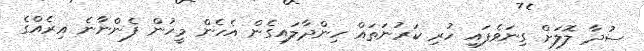
ސުދާ ލޮލަށް ގިނަވެފައި ހުރި ކަރުނަތައް ހިންދާލައިގެން އެހެން މީހުން ފެންނާނެ އިރެއްގެ